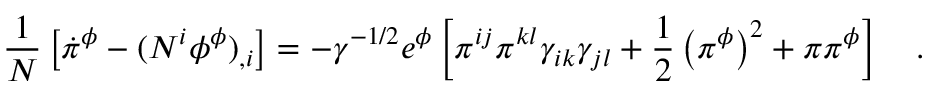
\frac { 1 } { N } \left[ \dot { \pi } ^ { \phi } - ( N ^ { i } \phi ^ { \phi } ) _ { , i } \right] = - \gamma ^ { - 1 / 2 } e ^ { \phi } \left[ \pi ^ { i j } \pi ^ { k l } \gamma _ { i k } \gamma _ { j l } + \frac { 1 } { 2 } \left( \pi ^ { \phi } \right) ^ { 2 } + \pi \pi ^ { \phi } \right] ~ ~ ~ .